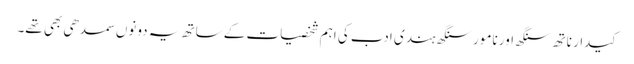
کیدار ناتھ سنگھ اور نامور سنگھ ہندی ادب کی اہم شخصیات کے ساتھ یہ دونوں سمدھی بھی تھے۔